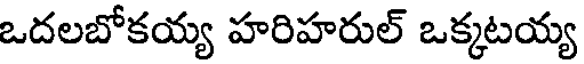
ఒదలబోకయ్య హరిహరుల్ ఒక్కటయ్య